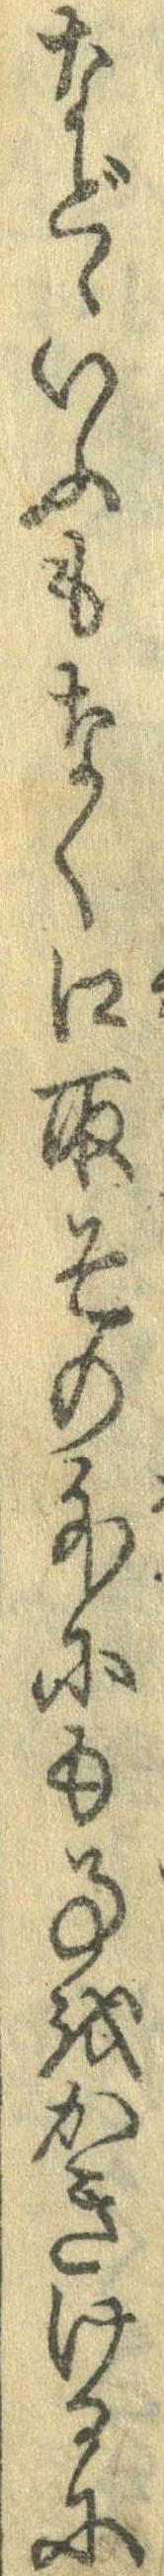
などゝいふもなく口取その外にも事をかきけるに